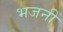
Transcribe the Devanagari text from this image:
भजनीं